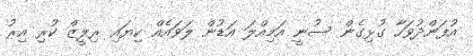
އުފަންދުވަހާ ގުޅިގެން ސުނީ އަމިއްލަ އަޑުން ލަވައެއް ކިޔައި ރިލީޒް ކުރި އިރު